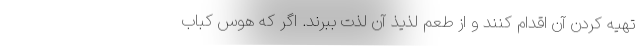
تهیه کردن آن اقدام کنند و از طعم لذیذ آن لذت ببرند. اگر که هوس کباب